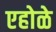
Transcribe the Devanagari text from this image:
एहोळे